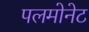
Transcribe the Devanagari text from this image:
पलमोनेट